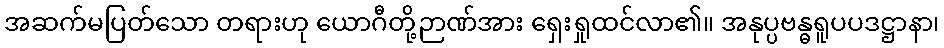
အဆက်မပြတ်သော တရားဟု ယောဂီတို့ဉာဏ်အား ရှေးရှုထင်လာ၏။ အနုပ္ပဗန္ဓရူပပဒဋ္ဌာနာ၊